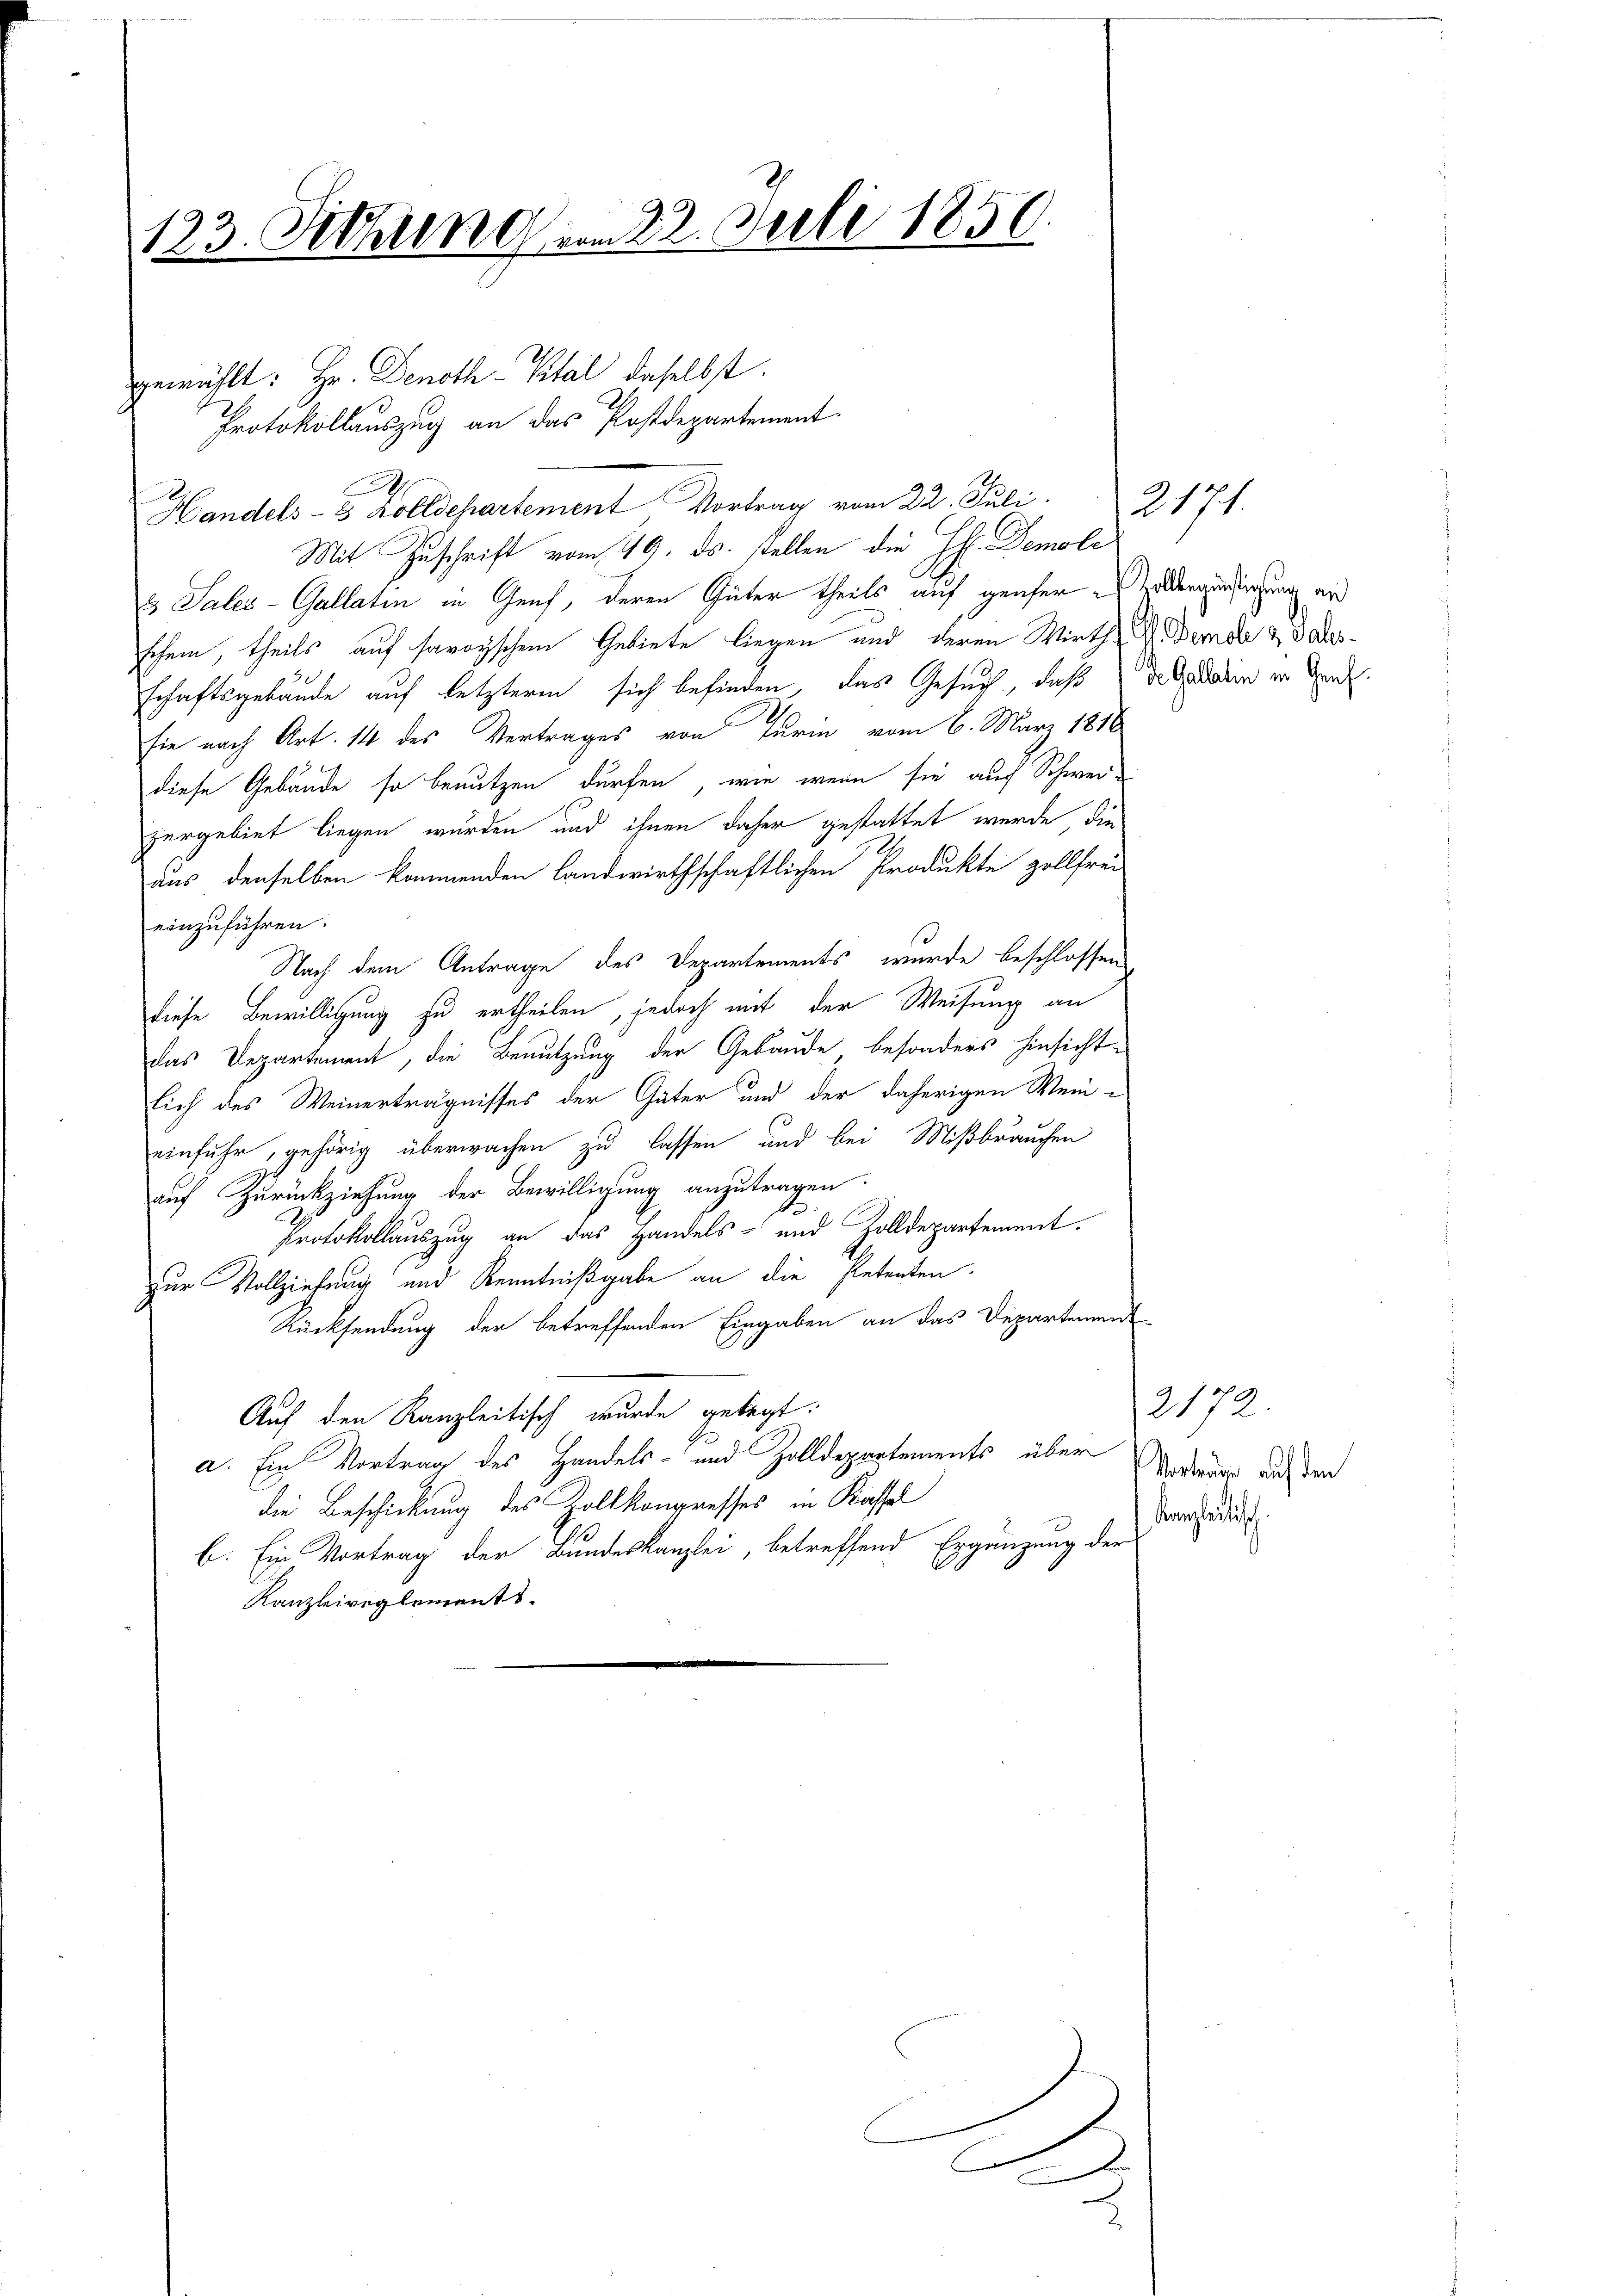
123. Jethung vom 22. Juli 1850
1

gewählt: Hr. Denoth-Vital daselbst.
Mit Zuschrift vom 19. ds. stellen die HH. Demole
Es Sales - Gallatin in Genf, deren Güter theils auf genfer es odergundigung und
schein, theils auf savoyischem Gebiete liegen und deren Wirth G. Demoli & das
schaftsgebäude auf letzteren sich befinden, das Gesuch, daß die darin in den
sie nach Art. 14 des Vertrages von Turin vom 6. März 1816
diese Gebäude so benutzen dürfen, wie wenn sie auf Schweizergebiet liegen wurden und ihnen daher gestattet werde, die
aus denselben kommenden landwirthschaftlichen Produkte zollfrei-
einzuführen.
Nach dem Antrage des Departements wurde beschlossen
Diese Bewilligung zu ertheilen, jedoch mit der Weisung an
das Departement, die Benutzung der Gebäude besonders hinsicht-
lich des Weinerträgnisses der Güter und der daherigen Wein-
einfuhr, gehörig überwachen zu lassen und bei Mißbrauchen
auf Zurückziehung der Bewilligung anzutragen.
Protokollauszug an das Handels- und Zolldepartement.
zur Vollziehung und Kenntnißgabe an die Petenten.
Rücksendung der betreffenden Eingaben an das Departement
Auf den Kanzleitisch wurde gelegt:
a. Ein Vortrag des Handels- und Zolldepartements über
die Beschickung des Zollkongresses in Kassel
b. Ein Vortrag der Bundeskanzlei, betreffend Ergänzung der
Kanzleireglements.

Protokollauszug an das Postdepartement
Handels- & Zolldepartement Vortrag vom 22. Juli.

E
.

|

2171

2172.
Vorträge auf den
Kanzleitisch